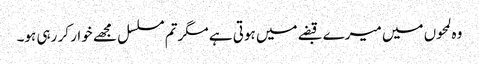
وہ لمحوں میں میرے قبضے میں ہوتی ہے مگرتم مسلسل مجھے خوار کر رہی ہو۔